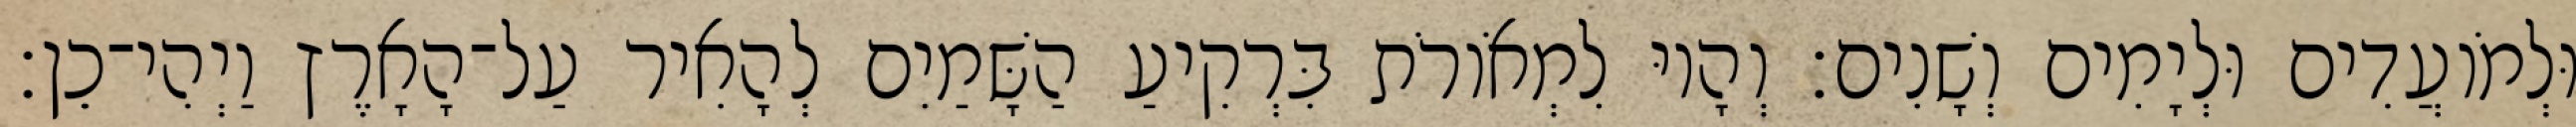
וּלְמֹועֲדִים וּלְיָמִים וְשָׁנִים׃ וְהָיוּ לִמְאֹורֹת בִּרְקִיעַ הַשָּׁמַיִם לְהָאִיר עַל־הָאָרֶץ וַיְהִי־כֵן׃